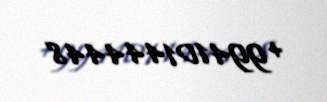
+994101444448